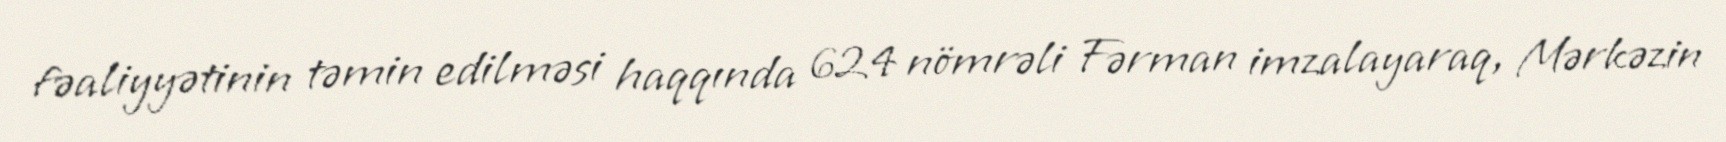
fəaliyyətinin təmin edilməsi haqqında 624 nömrəli Fərman imzalayaraq, Mərkəzin